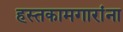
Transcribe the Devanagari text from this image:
हस्तकामगारांना